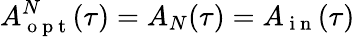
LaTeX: A_{\mathrm{~o~p~t~}}^{N}(\tau)=A_{N}(\tau)=A_{\mathrm{~i~n~}}(\tau)